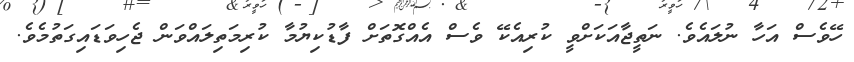
ހޭވެސް އަހާ ނުލައެވެ. ނަތީޖާއަކަށްވީ ކުރިއެކޭ ވެސް އެއްގޮތަށް ފާޑުކިޔުމާ ކުރިމަތިލައްވަން ޖެހިވަޑައިގަތުމެވެ.